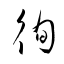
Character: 徇